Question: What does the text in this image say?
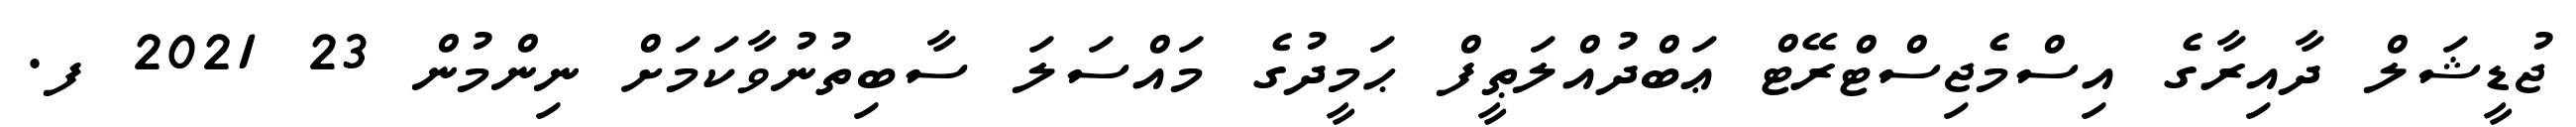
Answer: ޖުޑީޝަލް ދާއިރާގެ އިސްމެޖިސްޓްރޭޓް ޢަބްދުއްލަޠީފް ޙަމީދުގެ މައްސަލަ ސާބިތުނުވާކަމަށް ނިންމުން 23 2021 ފ.